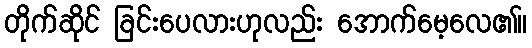
တိုက်ဆိုင် ခြင်းပေလားဟုလည်း အောက်မေ့လေ၏။